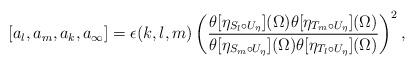
LaTeX: \begin{align*}[a_l,a_m,a_k,a_{\infty}]=\epsilon(k,l,m)\left( \frac{\theta[\eta_{S_l \circ U_\eta}](\Omega)\theta[\eta_{T_m \circ U_\eta}](\Omega)}{\theta[\eta_{S_m \circ U_\eta}](\Omega)\theta[\eta_{T_l \circ U_\eta}](\Omega)}\right)^2,\end{align*}